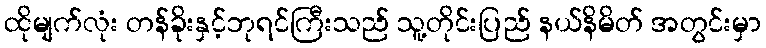
ထိုမျက်လုံး တန်ခိုးနှင့်ဘုရင်ကြီးသည် သူ့တိုင်းပြည် နယ်နိမိတ် အတွင်းမှာ